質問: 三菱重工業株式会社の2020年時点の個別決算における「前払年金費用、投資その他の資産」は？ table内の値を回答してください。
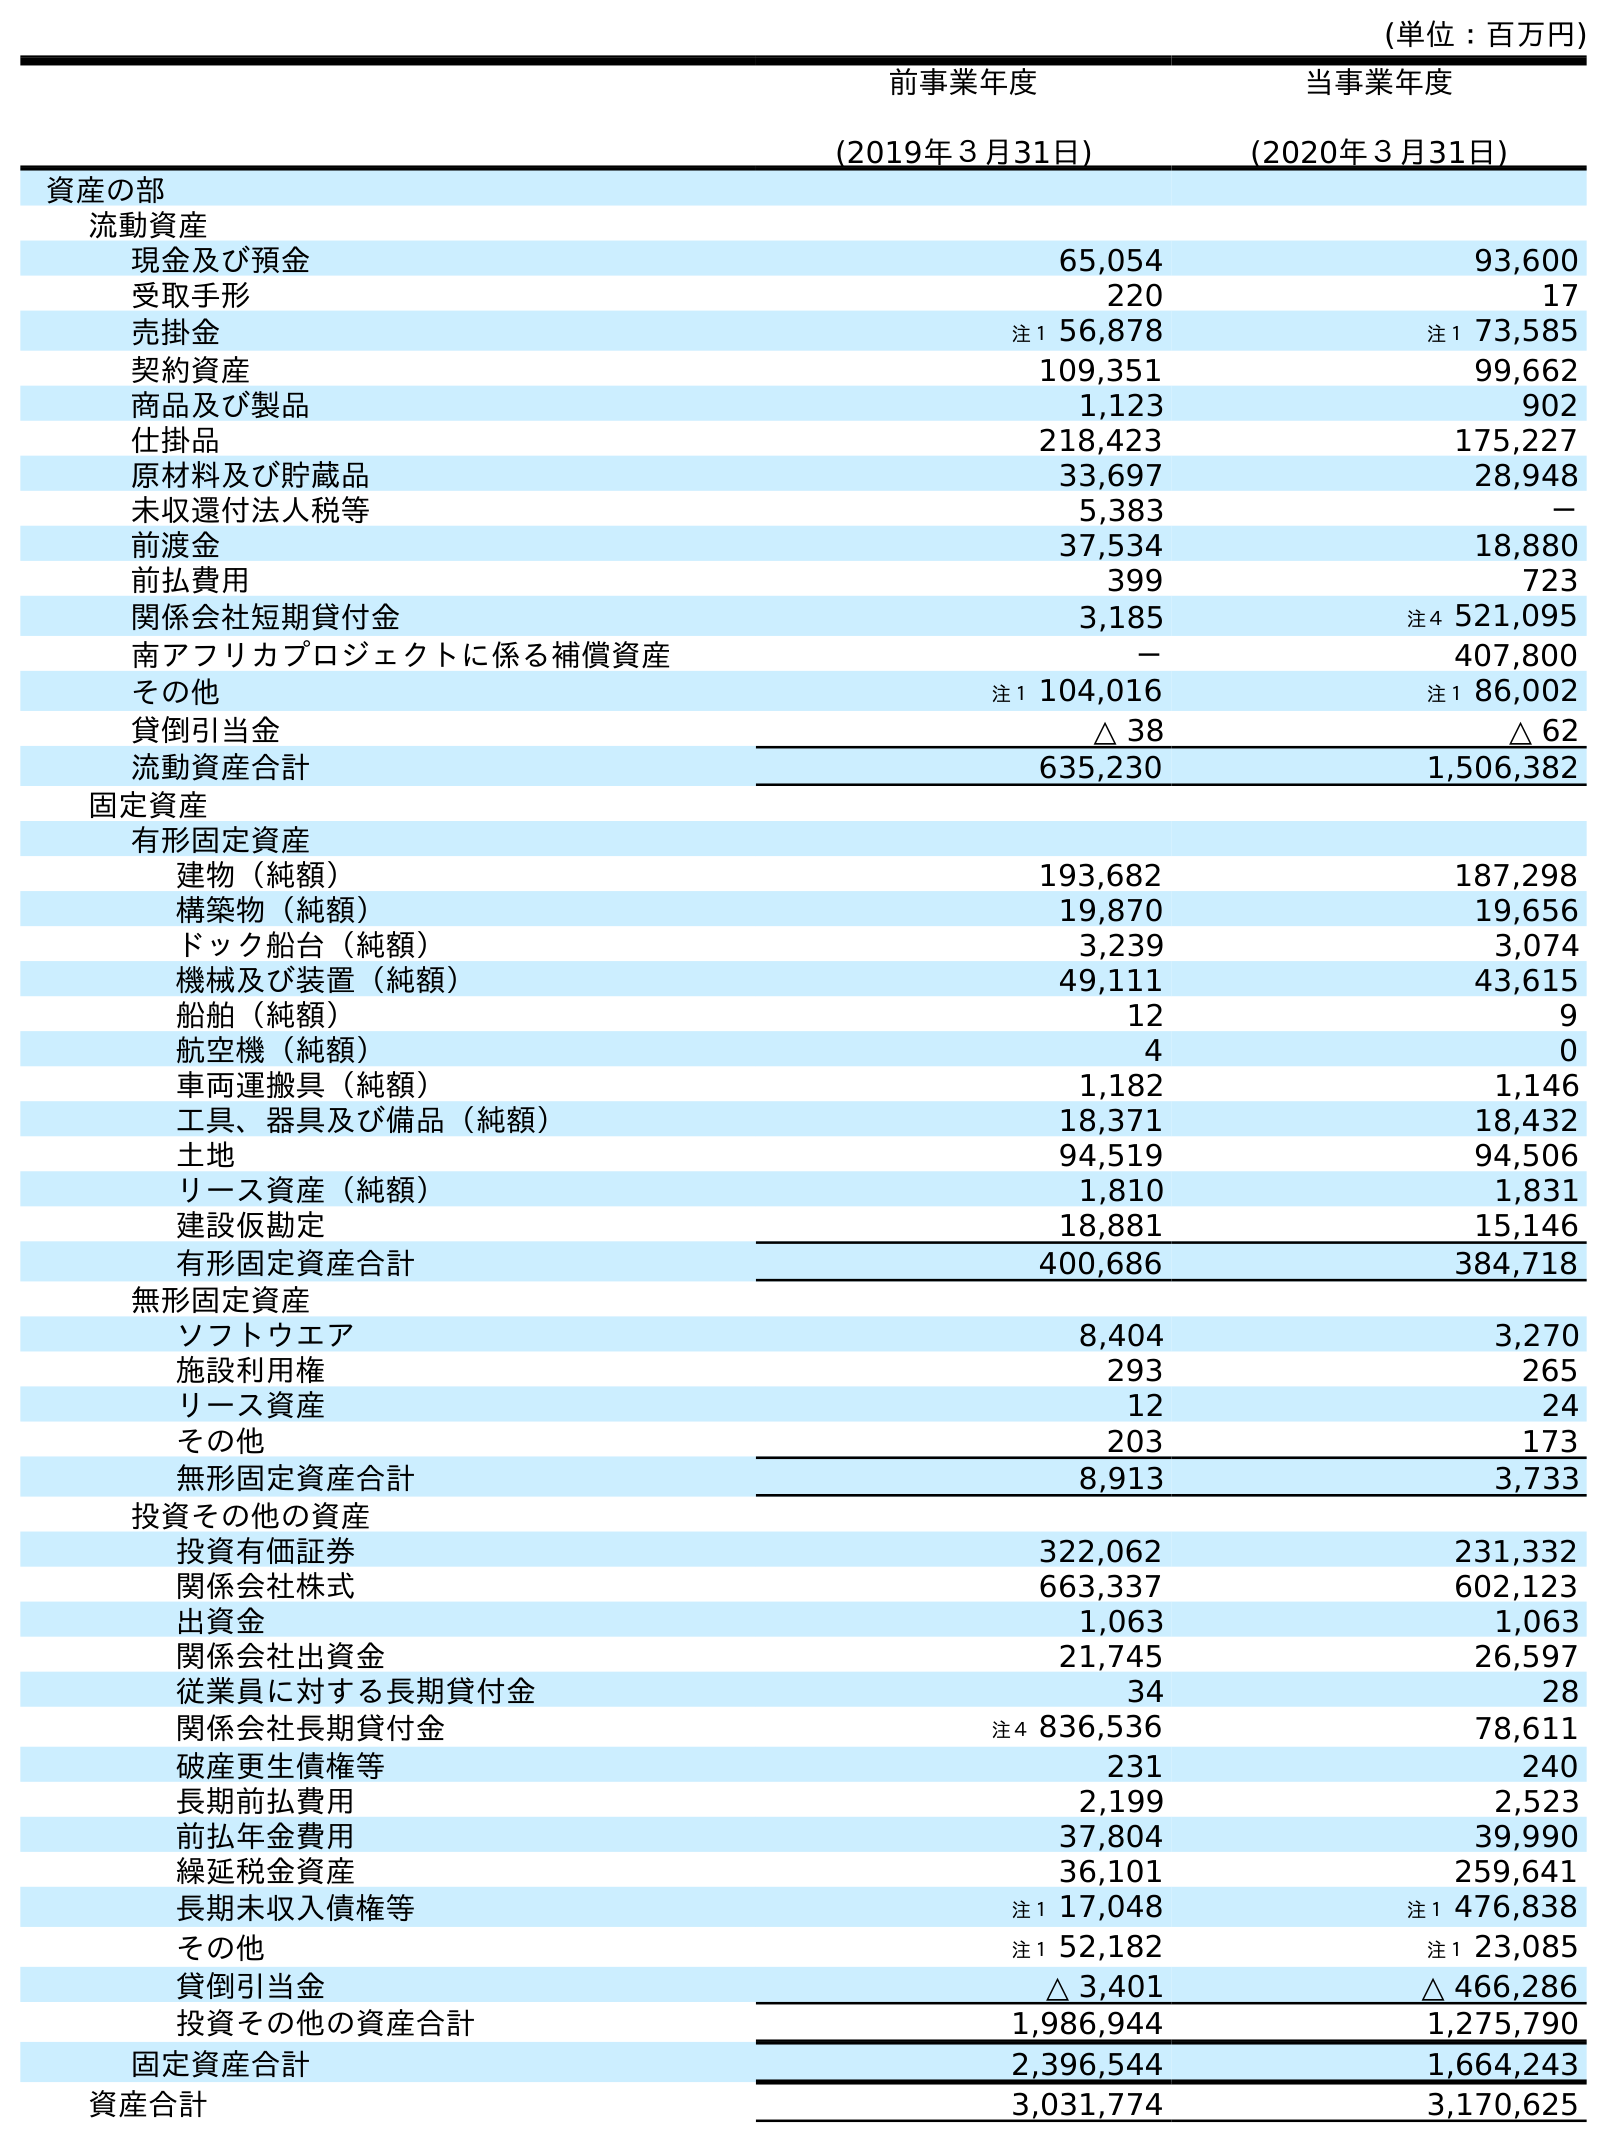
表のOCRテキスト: (単位：百万円) 前事業年度 (2019年３月31日) 当事業年度 (2020年３月31日) 資産の部 流動資産 現金及び預金 65,054 93,600 受取手形 220 17 売掛金 注１ 56,878 注１ 73,585 契約資産 109,351 99,662 商品及び製品 1,123 902 仕掛品 218,423 175,227 原材料及び貯蔵品 33,697 28,948 未収還付法人税等 5,383 － 前渡金 37,534 18,880 前払費用 399 723 関係会社短期貸付金 3,185 注４ 521,095 南アフリカプロジェクトに係る補償資産 － 407,800 その他 注１ 104,016 注１ 86,002 貸倒引当金 △ 38 △ 62 流動資産合計 635,230 1,506,382 固定資産 有形固定資産 建物（純額） 193,682 187,298 構築物（純額） 19,870 19,656 ドック船台（純額） 3,239 3,074 機械及び装置（純額） 49,111 43,615 船舶（純額） 12 9 航空機（純額） 4 0 車両運搬具（純額） 1,182 1,146 工具、器具及び備品（純額） 18,371 18,432 土地 94,519 94,506 リース資産（純額） 1,810 1,831 建設仮勘定 18,881 15,146 有形固定資産合計 400,686 384,718 無形固定資産 ソフトウエア 8,404 3,270 施設利用権 293 265 リース資産 12 24 その他 203 173 無形固定資産合計 8,913 3,733 投資その他の資産 投資有価証券 322,062 231,332 関係会社株式 663,337 602,123 出資金 1,063 1,063 関係会社出資金 21,745 26,597 従業員に対する長期貸付金 34 28 関係会社長期貸付金 注４ 836,536 78,611 破産更生債権等 231 240 長期前払費用 2,199 2,523 前払年金費用 37,804 39,990 繰延税金資産 36,101 259,641 長期未収入債権等 注１ 17,048 注１ 476,838 その他 注１ 52,182 注１ 23,085 貸倒引当金 △ 3,401 △ 466,286 投資その他の資産合計 1,986,944 1,275,790 固定資産合計 2,396,544 1,664,243 資産合計 3,031,774 3,170,625
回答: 39,990